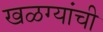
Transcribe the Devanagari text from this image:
खळग्यांची